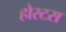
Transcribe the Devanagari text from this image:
होस्टस